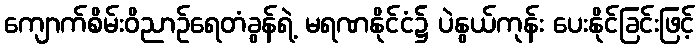
ကျောက်စိမ်းဝိညာဉ်ရေတံခွန်ရဲ့ မရဏနိုင်ငံ၌ ပဲနွယ်ကုန်း ပေးနိုင်ခြင်းဖြင့်